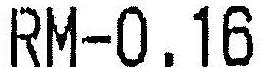
RM-0.16